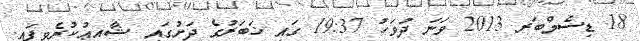
18 ޑިސެމްބަރ 2013 ވަނަ ދުވަހު 19:37 ގައި ޚަބަރުގެ ދަށުގައި ޝާއިޢުކުރެވިފައި.